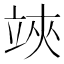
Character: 𥪂